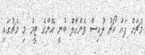
މެޗަށް ފަހު ކޯޗު ލުއިސް ވެންހާލް ބުނީ އޭނާގެ ޓީމު މި މެޗުގައި